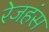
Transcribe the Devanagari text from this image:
रेजहंस